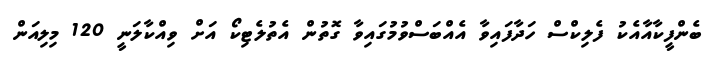
ބެންފީކާއާއެކު ފެލިކްސް ހަދާފައިވާ އެއްބަސްވުމުގައިވާ ގޮތުން އެތުލެޓިކޯ އަށް ވިއްކާލަނީ 120 މިލިއަން